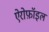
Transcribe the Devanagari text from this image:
ऐरोफ़ॉइल